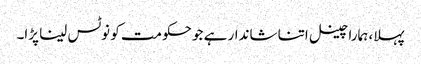
پہلا، ہمارا چینل اتنا شاندار ہے جو حکومت کو نوٹس لینا پڑا۔